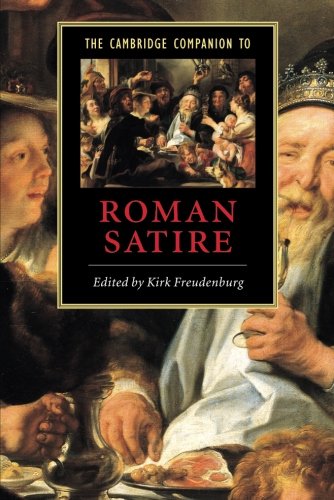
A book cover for The Cambridge Companion to Roman Satire (Cambridge Companions to Literature); Literature & Fiction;